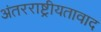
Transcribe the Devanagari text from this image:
अंतरराष्ट्रीयतावाद